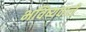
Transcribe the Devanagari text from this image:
भविष्यवाले